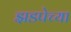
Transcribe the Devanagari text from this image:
झडपेच्या